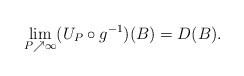
\begin{align*} \lim_{P \nearrow \infty} ( U_P \circ g^{-1} )(B) = D(B).\end{align*}